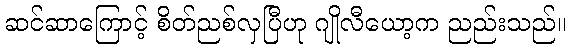
ဆင်ဆာကြောင့် စိတ်ညစ်လှပြီဟု ဂျိုလီယော့က ညည်းသည်။